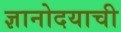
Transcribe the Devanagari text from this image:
ज्ञानोदयाची